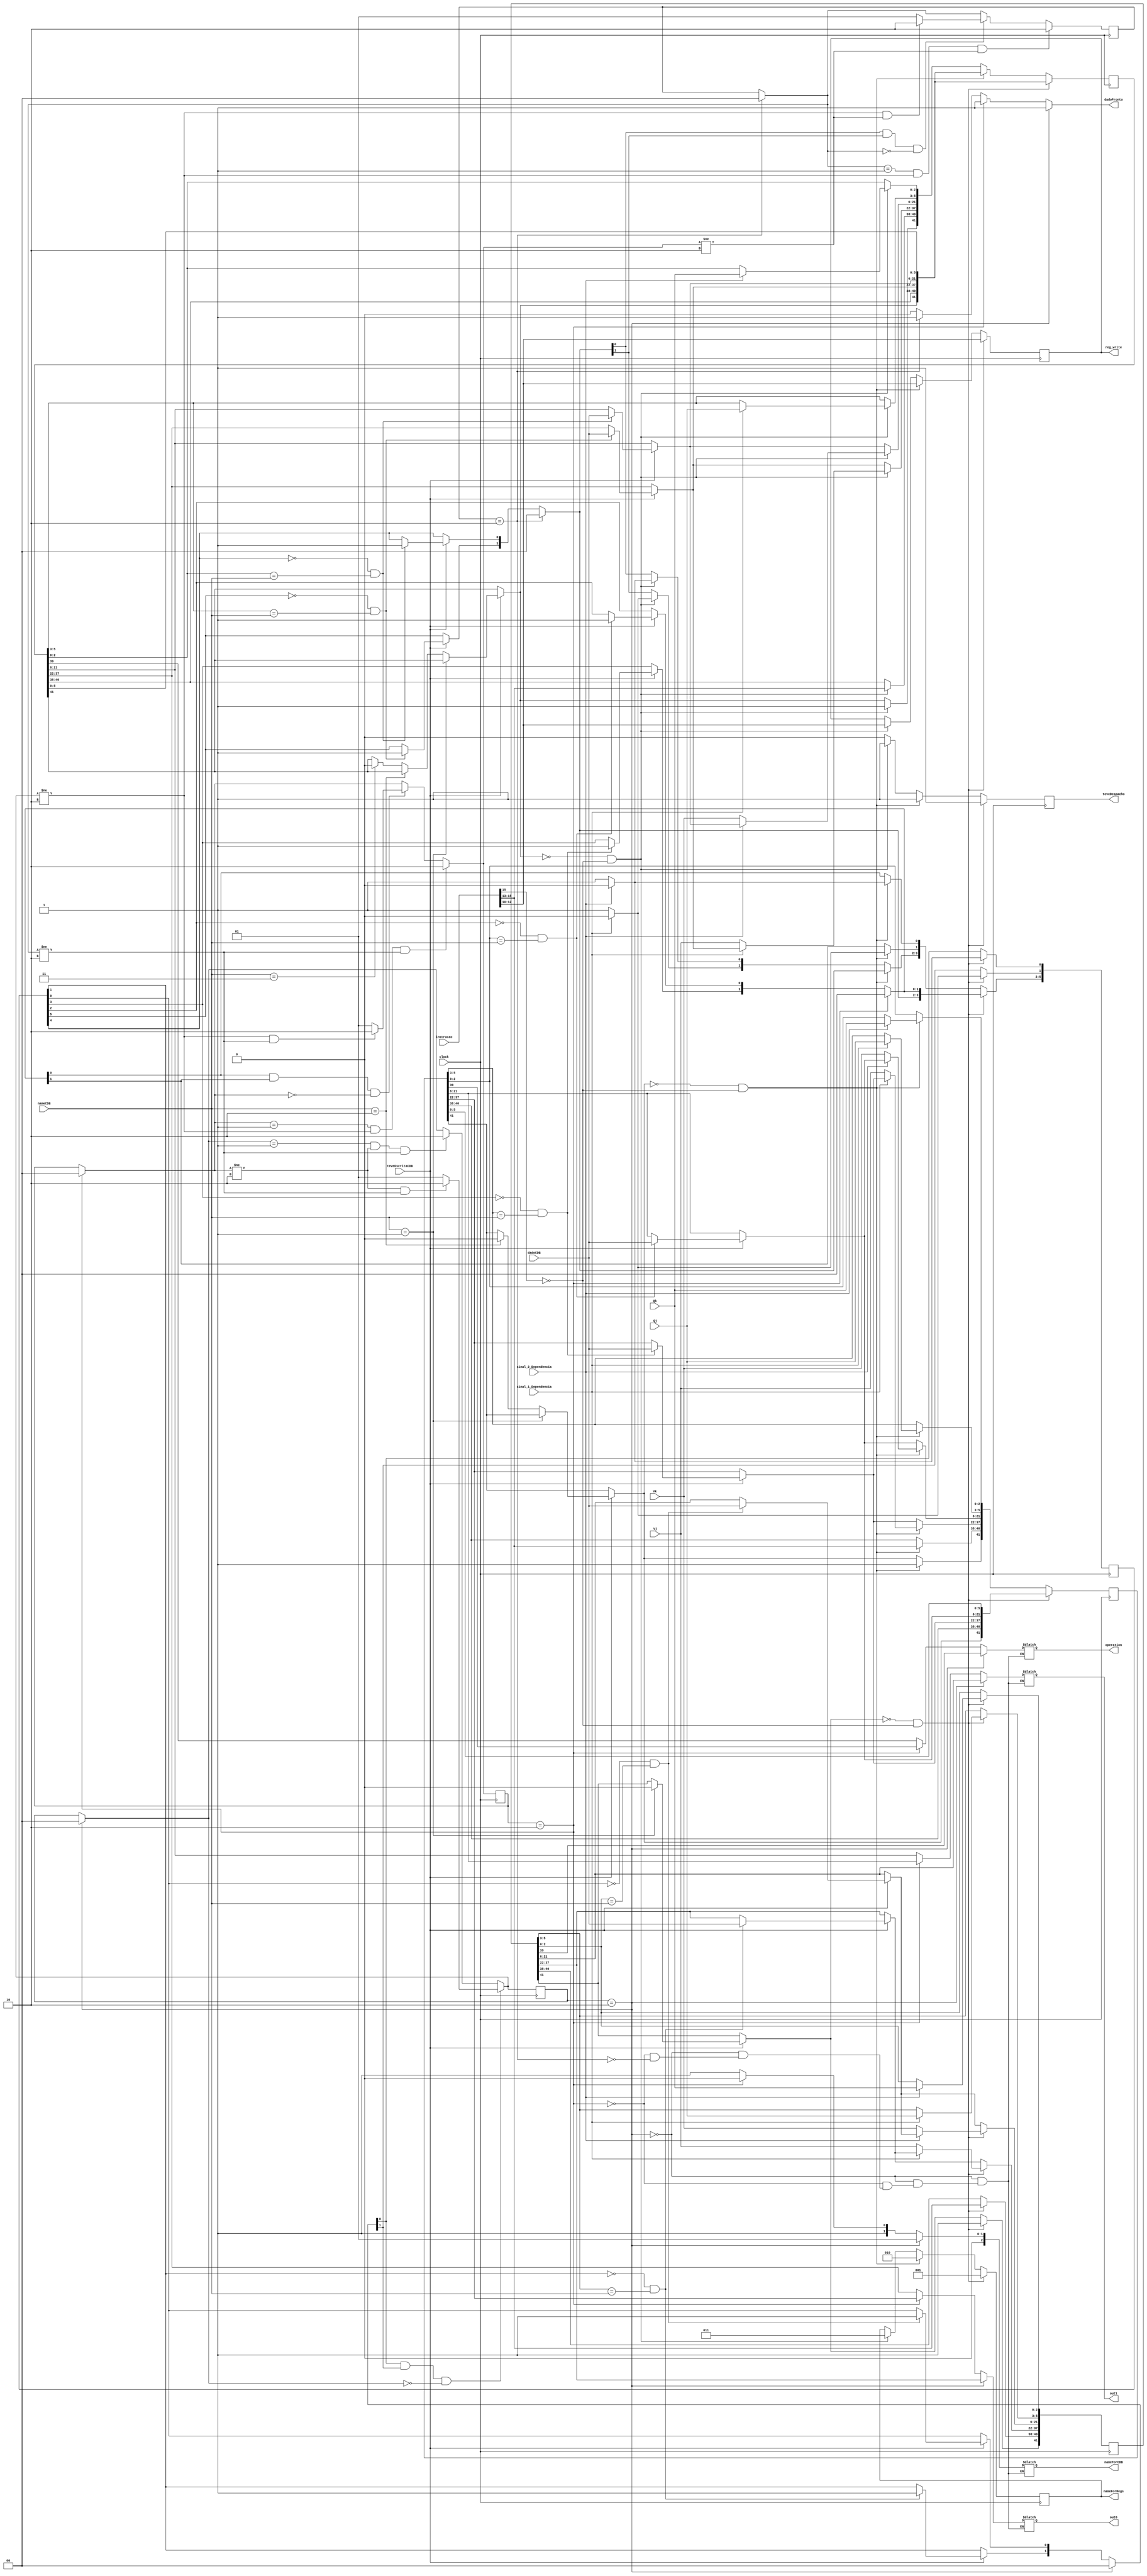
module estacaoDeReservaAddSub(instrucao, clock,sinal_1_Dependencia, sinal_2_Dependencia, Vj, Vk, Qj, Qk, out0, out1,
teveEscritaCDB, nameCDB, dadoCDB, teveDespacho, reg_write, dadoPronto, operation, nameForCDB, nameForRegs);
	
	input clock;
	input [15:0] Vj, Vk;
	input [2:0] Qj, Qk;
	input [15:0] instrucao;
	input sinal_1_Dependencia;
	input sinal_2_Dependencia;
	input teveEscritaCDB;
	input [2:0] nameCDB;
	input [15:0] dadoCDB;
	output [15:0] out0, out1;
	output reg teveDespacho;
	output reg [2:0] reg_write;
	output dadoPronto;
	output operation;
	output [2:0] nameForCDB;
	output reg [2:0] nameForRegs;
	
	//0 desocupado e 1 ocupado
	//output Busy;
	
	// 44:42->name | 41->Busy | 40:38->Op | 37:22->Vj | 21:6->Vk | 5:3->Qj | 2:0->Qk
	reg [44:0] RS1;
	reg [44:0] RS2;
	reg [44:0] RS3;
	reg [5:0] dadoValido;
	reg [1:0] state_rs1;
	reg [1:0] state_rs2;
	reg [1:0] state_rs3;
	
	initial begin
		RS1[44:42] = 3'b001;
		RS1[41:0] = 0;
		RS2[44:42] = 3'b010;
		RS2[41:0] = 0;
		RS3[44:42] = 3'b011;
		RS3[41:0] = 0;
		dadoValido = 0;
		state_rs1 = 2'b00;
		state_rs2 = 2'b00;
		state_rs3 = 2'b00;
	end
	
	reg BUSY;
	
	always@(posedge clock)
	begin
				
		if(teveEscritaCDB)
		begin
					
			if(nameCDB == RS1[43:42])
				RS1[41] = 0;
			else if(nameCDB == RS2[43:42])
				RS2[41] = 0;
			else if(nameCDB == RS3[43:42])
				RS3[41] = 0;
			
			if(dadoValido[1] == 0 && RS1[5:3] == nameCDB)
			begin
				 RS1[37:22] = dadoCDB;
				 dadoValido[1] = 1'b1;
			end
			
			if(dadoValido[0] == 0 && RS1[2:0] == nameCDB)
			begin
				RS1[21:6] = dadoCDB;
				dadoValido[0] = 1'b1;
			end
			
			if(dadoValido[3] == 0 && RS2[5:3] == nameCDB)
			begin
				 RS2[37:22] = dadoCDB;
				 dadoValido[3] = 1'b1;
			end
			
			if(dadoValido[2] == 0 && RS2[2:0] == nameCDB)
			begin
				RS2[21:6] = dadoCDB;
				dadoValido[2] = 1'b1;
			end
			
			if(dadoValido[5] == 0 && RS3[5:3] == nameCDB)
			begin
				 RS3[37:22] = dadoCDB;
				 dadoValido[5] = 1'b1;
			end
			
			if(dadoValido[4] == 0 && RS3[2:0] == nameCDB)
			begin
				RS3[21:6] = dadoCDB;
				dadoValido[4] = 1'b1;
			end
			
		end
		
			
			
		if(state_rs1 == 2'b10)begin
			state_rs1 = 2'b00;
			dadoValido[1:0] = 2'b00;
		end
		if(state_rs2 == 2'b10)begin
			state_rs2 = 2'b00;
			dadoValido[3:2] = 2'b00;
		end
		if(state_rs3 == 2'b10)begin
			state_rs3 = 2'b00;
			dadoValido[5:4] = 2'b00;
		end
		
		if(dadoValido[0] == 1 && dadoValido[1] == 1 && state_rs1 == 2'b00)
			if(state_rs2 != 2'b10 && state_rs3 != 2'b10)
				state_rs1 = 2'b10;
			else
				state_rs1 = 2'b01;
		else if(state_rs1 == 2'b01 && state_rs2 != 2'b10 && state_rs3 != 2'b10)
				state_rs1 = 2'b10;
		
		
		if(state_rs2 == 2'b01 && state_rs1 != 2'b10 && state_rs3 != 2'b10)
			state_rs2 = 2'b10;
		else if(dadoValido[2] == 1 && dadoValido[3] == 1 && state_rs2 == 2'b00)
			if(state_rs1 != 2'b10 && state_rs3 != 2'b10)
				state_rs2 = 2'b10;
			else
				state_rs2 = 2'b01;
		
		if(state_rs3 == 2'b01 && state_rs1 != 2'b10 && state_rs2 != 2'b10)
			state_rs3 = 2'b10;
		else if(dadoValido[4] == 1 && dadoValido[5] == 1 && state_rs3 == 2'b00)
			if(state_rs1 != 2'b10 && state_rs2 != 2'b10)
				state_rs3 = 2'b10;
			else
				state_rs3 = 2'b01;
		
	
		//neste caso  para Add ou Sub
		if(~RS1[41] && instrucao[15] == 0)
		begin
			
			teveDespacho = 1'b1;
			reg_write = instrucao[12:10];
			
			if(sinal_1_Dependencia)
			begin
				RS1[5:3] = Qj;
				dadoValido[1] = 1'b0;
			end
			else
			begin
				RS1[37:22] = Vj;
				dadoValido[1] = 1'b1;
			end
				
			if(sinal_2_Dependencia)
			begin
				RS1[2:0] = Qk;
				dadoValido[0] = 1'b0;
			end
			else
			begin
				RS1[21:6] = Vk;
				dadoValido[0] = 1'b1;
			end
			
			RS1[41] = 1'b1;
			RS1[40:38] = instrucao[15:13];
			nameForRegs = 3'b001;
			
		end
		else if(~RS2[41] && instrucao[15] == 0)
		begin
			
			teveDespacho = 1'b1;
			reg_write = instrucao[12:10];
			
			if(sinal_1_Dependencia)
			begin
				RS2[5:3] = Qj;
				dadoValido[3] = 1'b0;
			end
			else
			begin
				RS2[37:22] = Vj;
				dadoValido[3] = 1'b1;
			end
				
			if(sinal_2_Dependencia)
			begin
				RS2[2:0] = Qk;
				dadoValido[2] = 1'b0;
			end
			else
			begin
				RS2[21:6] = Vk;
				dadoValido[2] = 1'b1;
			end
			
			RS2[41] = 1'b1;
			RS2[40:38] = instrucao[15:13];
			nameForRegs = 3'b010;
			
		end
		else if(~RS3[41] && instrucao[15] == 0)
		begin
			
			teveDespacho = 1'b1;
			reg_write = instrucao[12:10];
			
			if(sinal_1_Dependencia)
			begin
				RS3[5:3] = Qj;
				dadoValido[5] = 1'b0;
			end
			else
			begin
				RS3[37:22] = Vj;
				dadoValido[5] = 1'b1;
			end
				
			if(sinal_2_Dependencia)
			begin
				RS3[2:0] = Qk;
				dadoValido[4] = 1'b0;
			end
			else
			begin
				RS3[21:6] = Vk;
				dadoValido[4] = 1'b1;
			end
			
			RS3[41] = 1'b1;
			RS3[40:38] = instrucao[15:13];
			nameForRegs = 3'b011;
			
		end
		else
			teveDespacho = 1'b0;
			
	end
	
	reg [15:0] temp_out0, temp_out1;
	reg temp_op, temp_dadoPronto;
	reg [2:0] temp_name;
	
	always@(*)
	begin
		if(state_rs1 == 2'b10)
		begin
			temp_out0 = RS1[37:22];
			temp_out1 = RS1[21:6];
			temp_op = RS1[39];
			temp_name = 3'b001;
			temp_dadoPronto = 1'b1;
		end
		else if(state_rs2 == 2'b10)
		begin
			temp_out0 = RS2[37:22];
			temp_out1 = RS2[21:6];
			temp_op = RS2[39];
			temp_name = 3'b010;
			temp_dadoPronto = 1'b1;
		end
		else if(state_rs3 == 2'b10)
		begin
			temp_out0 = RS3[37:22];
			temp_out1 = RS3[21:6];
			temp_op = RS3[39];
			temp_name = 3'b011;
			temp_dadoPronto = 1'b1;
		end
		else
			temp_dadoPronto = 1'b0;
	end
	
	
	assign dadoPronto = temp_dadoPronto;
	assign operation = temp_op;
	assign out0 = temp_out0;
	assign out1 = temp_out1;
	assign nameForCDB = temp_name;
	
endmodule